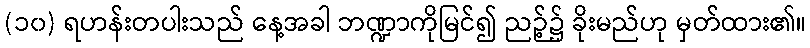
(၁၀) ရဟန်းတပါးသည် နေ့အခါ ဘဏ္ဍာကိုမြင်၍ ညဉ့်၌ ခိုးမည်ဟု မှတ်ထား၏။